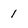
Character: 1